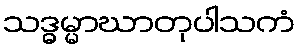
သဒ္ဓမ္မာဃာတုပါသကံ